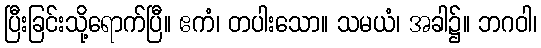
ပြီးခြင်းသို့ရောက်ပြီ။ ဧကံ၊ တပါးသော။ သမယံ၊ အခါ၌။ ဘဂဝါ၊